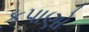
કપાણો